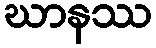
ဃာနဿ